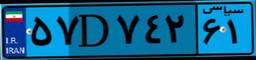
۸۱D۱۱۹۲۰